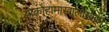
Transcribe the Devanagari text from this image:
योकोहामाखालोखाल